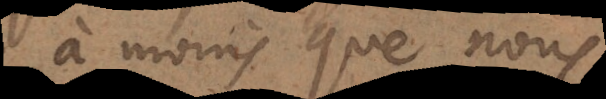
à moins que nous